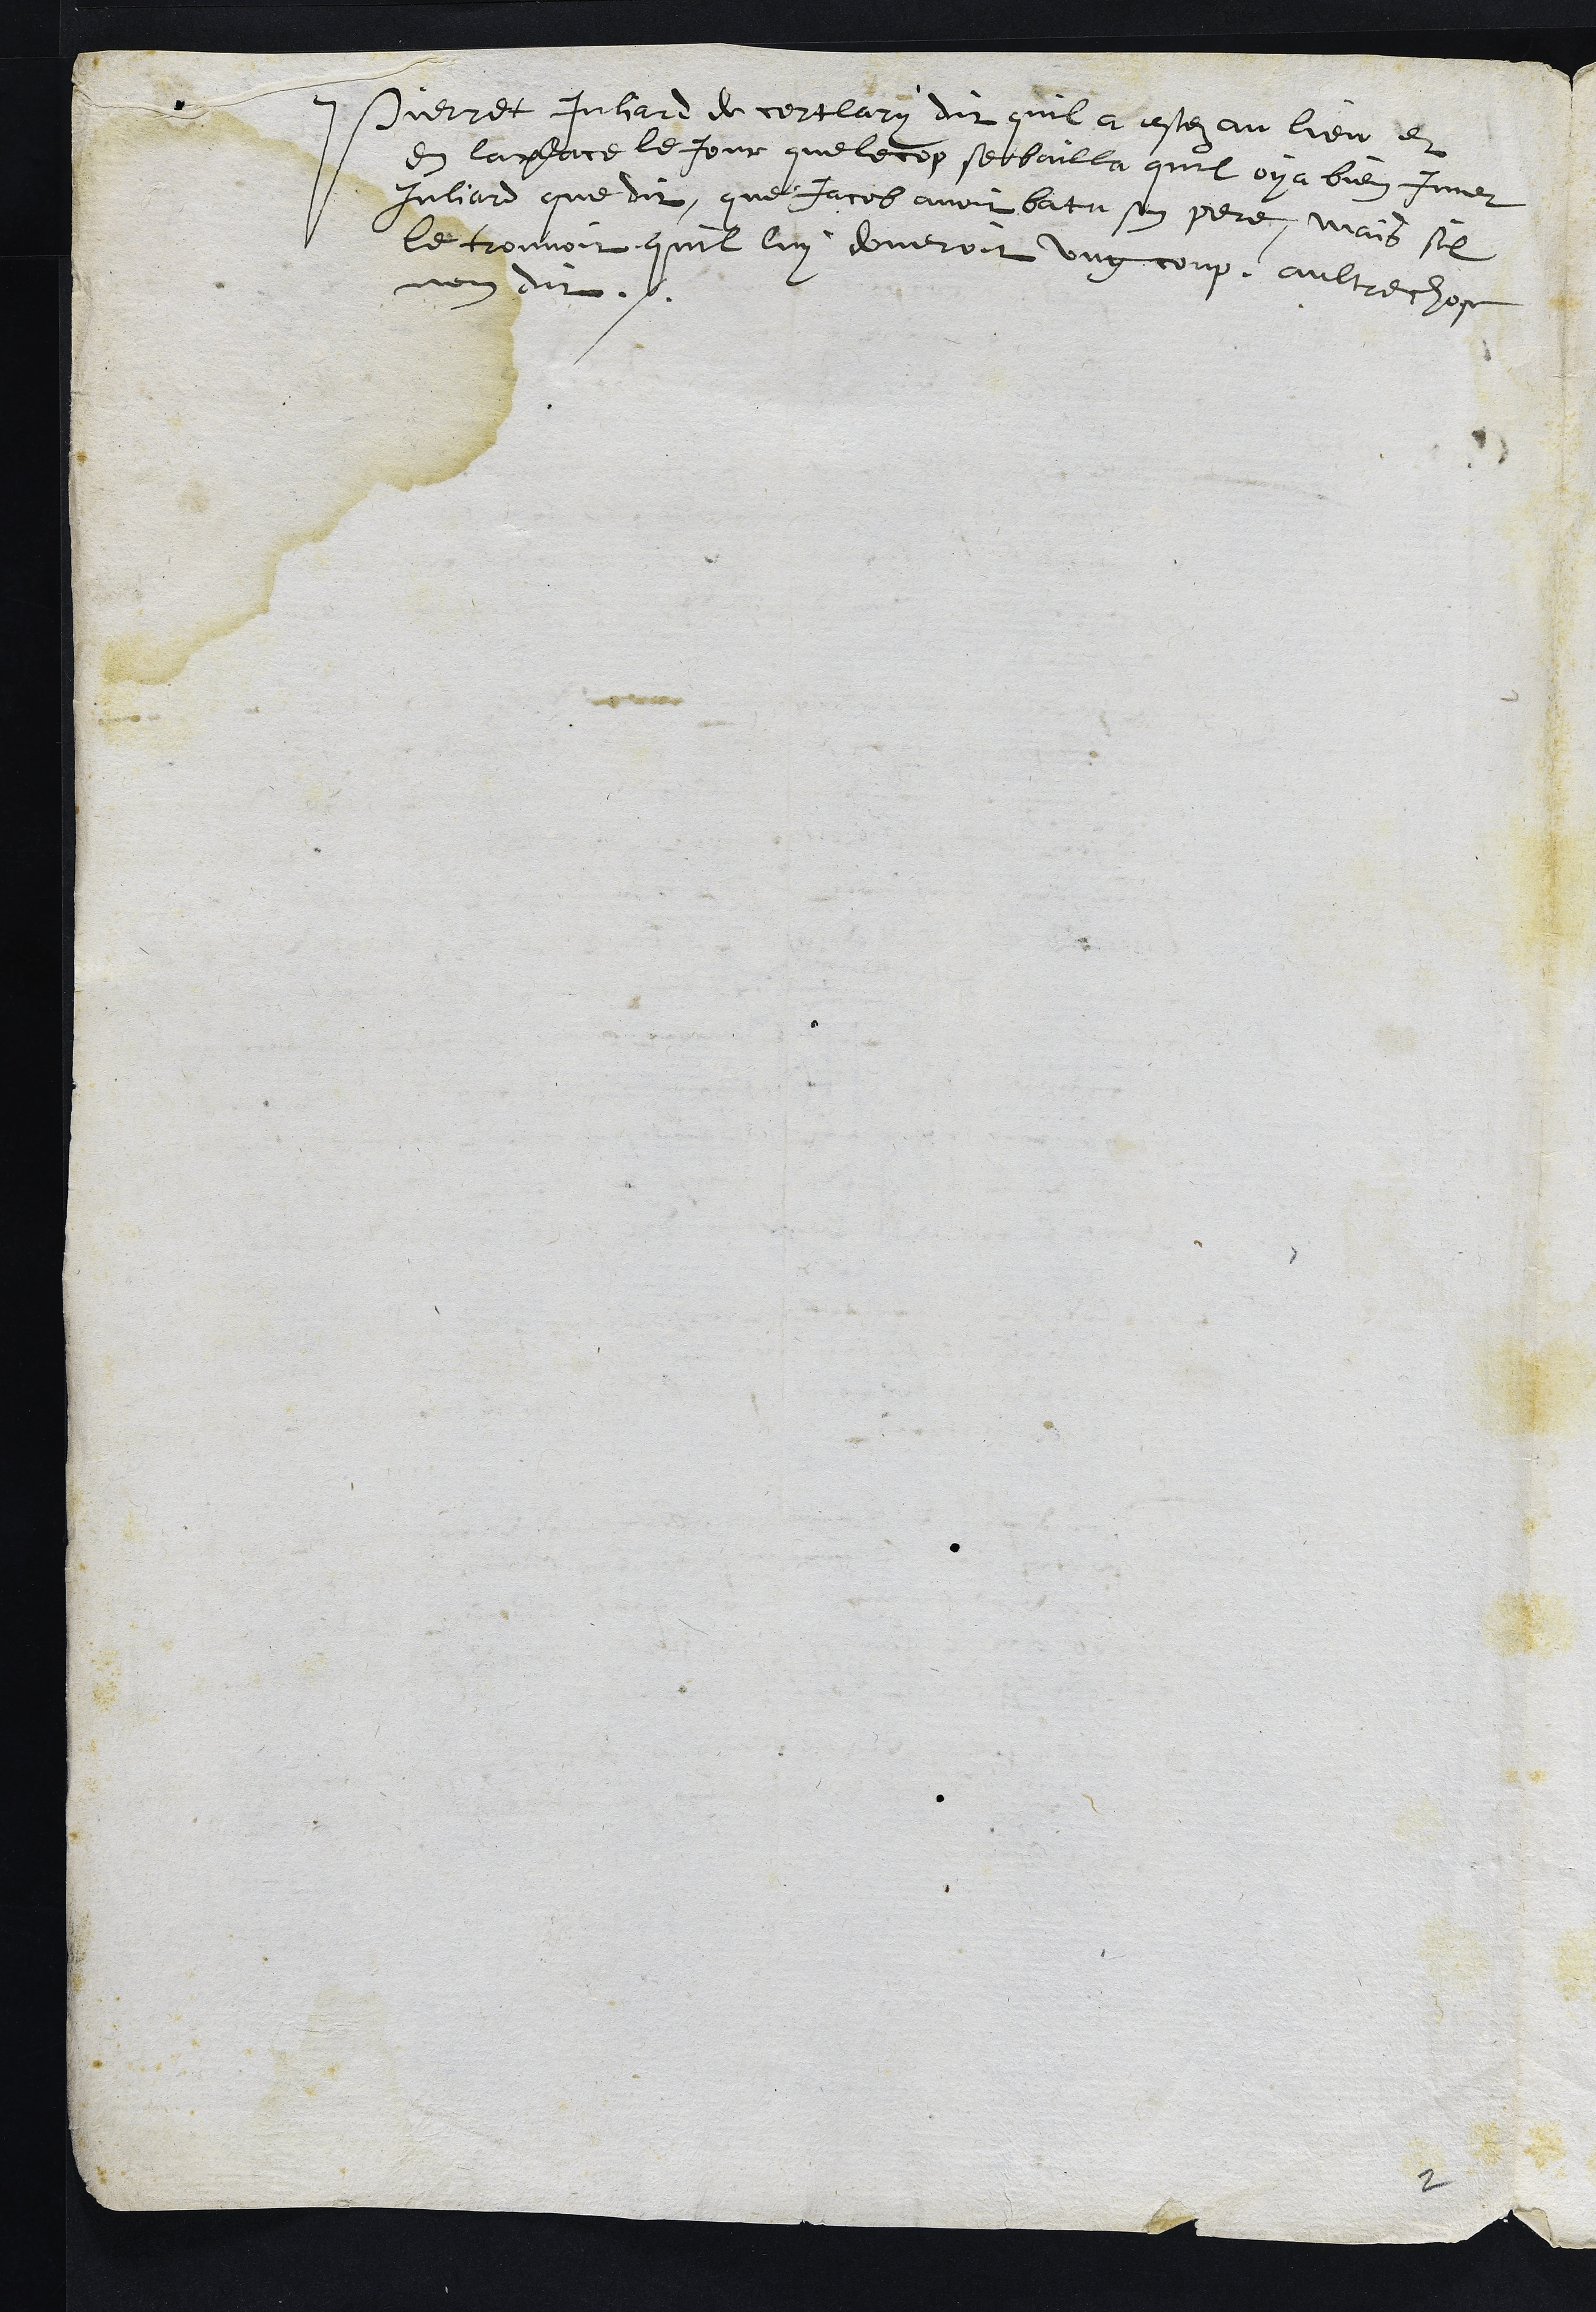
Pierret Juliard de cortlary dit quil a estez au lieu et
en la place le Jour que le cop se bailla quil oya bien Imer
Juliard que dit, que Jacob avoir batu son pere, mais sil
le trouvoit quil lui doneroit ung coup, aultre chose
nen dit.
2